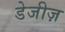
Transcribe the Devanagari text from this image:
डेजीज़